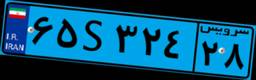
۷۷S۱۰۸۹۱